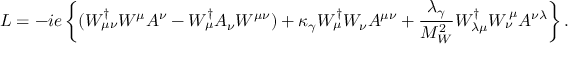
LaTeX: { \cal L } = - i e \left\{ ( W _ { \mu \nu } ^ { \dagger } W ^ { \mu } A ^ { \nu } - W _ { \mu } ^ { \dagger } A _ { \nu } W ^ { \mu \nu } ) + \kappa _ { \gamma } W _ { \mu } ^ { \dagger } W _ { \nu } A ^ { \mu \nu } + { \frac { \lambda _ { \gamma } } { M _ { W } ^ { 2 } } } W _ { \lambda \mu } ^ { \dagger } W _ { \nu } ^ { \, \mu } A ^ { \nu \lambda } \right\} .